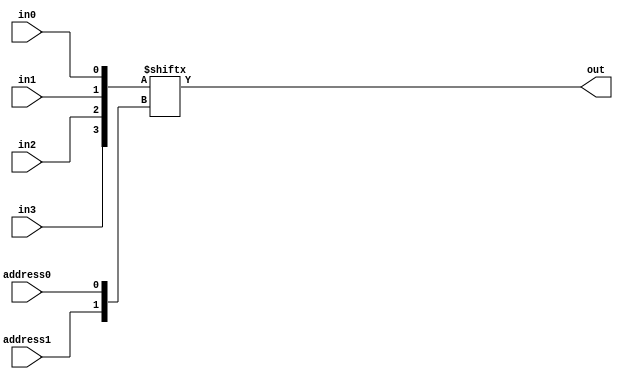
// Multiplexer circuit

module behavioralMultiplexer
(
    output out,
    input address0, address1,
    input in0, in1, in2, in3
);
    // Join single-bit inputs into a bus, use address as index
    wire[3:0] inputs = {in3, in2, in1, in0};
    wire[1:0] address = {address1, address0};
    assign out = inputs[address];
endmodule


module structuralMultiplexer
(
    output out,
    input address0, address1,
    input in0, in1, in2, in3
);
    // Your multiplexer code here
endmodule